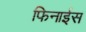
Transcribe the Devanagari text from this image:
फिनाईस